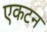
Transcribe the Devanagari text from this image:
एकटन